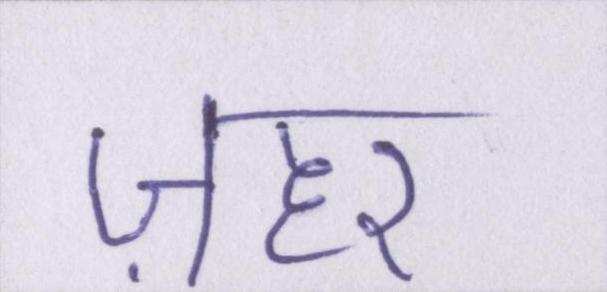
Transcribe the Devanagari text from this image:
ज़हर